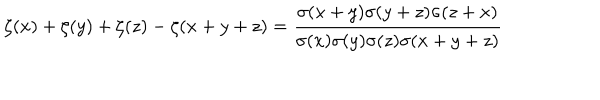
\zeta ( x ) + \zeta ( y ) + \zeta ( z ) - \zeta ( x + y + z ) = { \frac { \sigma ( x + y ) \sigma ( y + z ) \sigma ( z + x ) } { \sigma ( x ) \sigma ( y ) \sigma ( z ) \sigma ( x + y + z ) } }